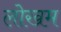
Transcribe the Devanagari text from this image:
लोखम